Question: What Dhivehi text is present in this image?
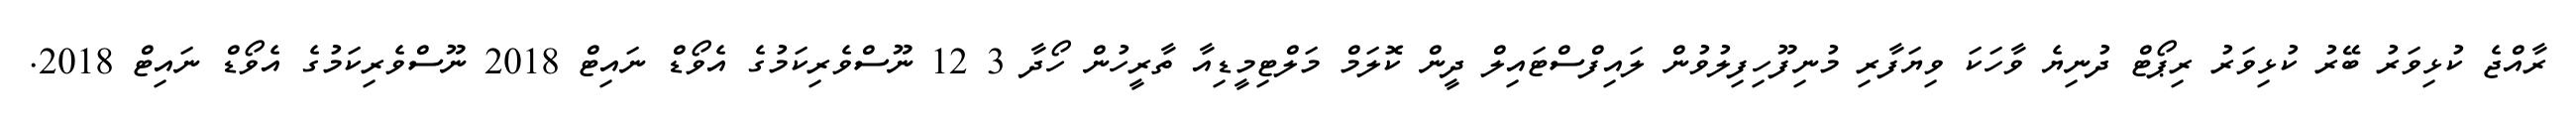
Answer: ރާއްޖެ ކުޅިވަރު ބޭރު ކުޅިވަރު ރިޕޯޓް ދުނިޔެ ވާހަކަ ވިޔަފާރި މުނިފޫހިފިލުވުން ލައިފްސްޓައިލް ދީން ކޮލަމް މަލްޓިމީޑިއާ ތާރީހުން ހޯދާ 3 12 ނޫސްވެރިކަމުގެ އެވޯޑް ނައިޓް 2018 ނޫސްވެރިކަމުގެ އެވޯޑް ނައިޓް 2018.